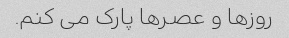
روزها و عصرها پارک می کنم.